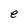
Character: e